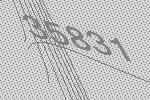
35831